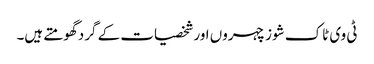
ٹی وی ٹاک شوز چہروں اور شخصیات کے گرد گھومتے ہیں۔